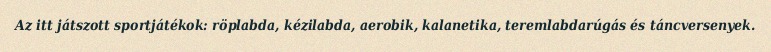
Az itt játszott sportjátékok: röplabda, kézilabda, aerobik, kalanetika, teremlabdarúgás és táncversenyek.